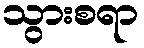
သွားစရာ